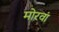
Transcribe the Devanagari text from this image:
मोरवां